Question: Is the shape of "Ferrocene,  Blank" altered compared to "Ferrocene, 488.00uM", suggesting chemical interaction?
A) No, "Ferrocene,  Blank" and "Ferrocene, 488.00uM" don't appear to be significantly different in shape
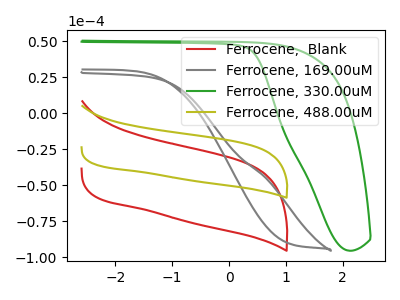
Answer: <think>The red curve "Ferrocene,  Blank" has no peaks. The gray curve "Ferrocene, 169.00uM" has no peaks. The green curve "Ferrocene, 330.00uM" has no peaks. The olive curve "Ferrocene, 488.00uM" has no peaks.
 Neither "Ferrocene,  Blank" or "Ferrocene, 488.00uM" have any peaks.</think>
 <answer>A) No, "Ferrocene,  Blank" and "Ferrocene, 488.00uM" don't appear to be significantly different in shape</answer>
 <eval>A</eval>